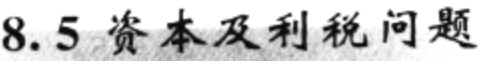
8.5 资本及利税问题